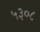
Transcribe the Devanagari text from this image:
५३०८